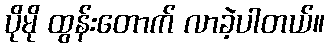
ပိုမို ထွန်းတောက် လာခဲ့ပါတယ်။